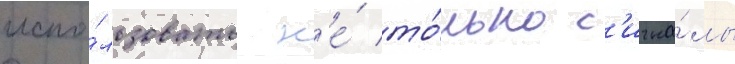
испо́льзовать н'е́ то́лько с'игна́лы